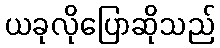
ယခုလိုပြောဆိုသည်